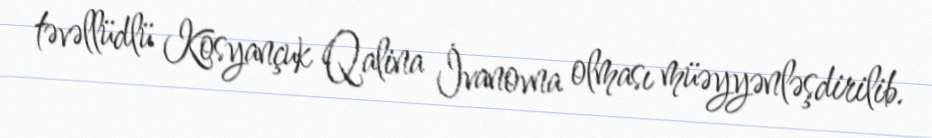
təvəllüdlü Kosyançuk Qalina İvanovna olması müəyyənləşdirilib.